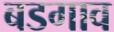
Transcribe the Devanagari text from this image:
बडगाव